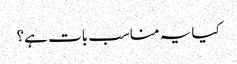
کیا یہ مناسب بات ہے؟